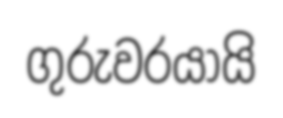
ගුරුවරයායි